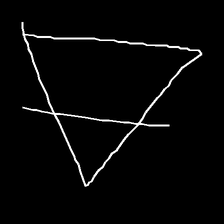
Glyph: empower